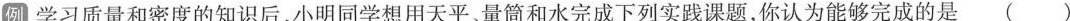
例 学习质量和密度的知识后，小明同学想用天平、量筒和水完成下列实践课题，你认为能够完成的是 ( )